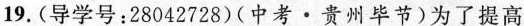
19.(导学号：28042728)(中考·贵州毕节)为了提高